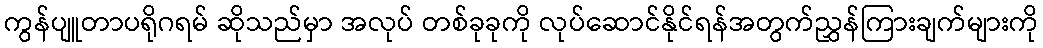
ကွန်ပျူတာပရိုဂရမ် ဆိုသည်မှာ အလုပ် တစ်ခုခုကို လုပ်ဆောင်နိုင်ရန်အတွက်ညွှန်ကြားချက်များကို